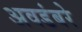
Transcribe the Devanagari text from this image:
अवडंबरे